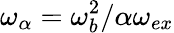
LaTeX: \omega_{\alpha}=\omega_{b}^{2}/\alpha\omega_{ex}